Madras plague regulations and rules for the inspection of inward and outward bound vessels - Volume 1
Disease focus: Plague
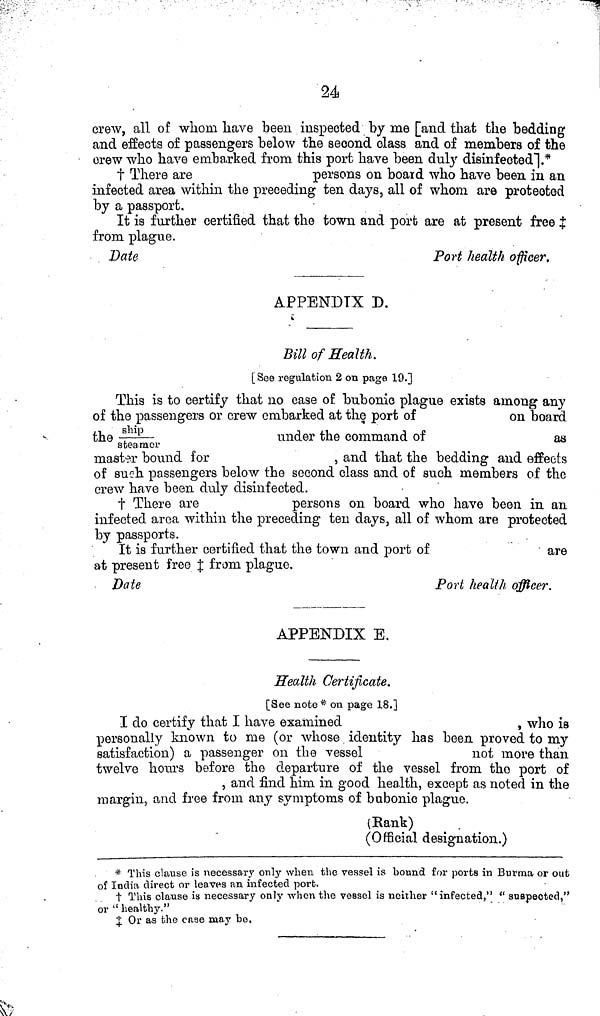
24
crew, all of whom have been inspected by me [and that the bedding
and effects of passengers below the second class and of members of the
crew who have embarked from this port have been duly disinfected"].*
‡ There are
persons on board who have been in an
infected area within the preceding ten days, all of whom are protected
by a passport.
It is further certified that the town and port are at present free
from plague.
Date
Port health officer.
APPENDIX D.
Bill of Health.
[ See regulation 2 on page 19.]
This is to certify that 110 case of bubonic plague exists among any
of the passengers or crew embarked at the port of
on board
the
ship/steamer
under the command of
as
master bound for
, and that the bedding and effects
of such passengers below the second class and of such members of the
crew have been duly disinfected.
t There are
persons on board who have been in an
infected area within the preceding ten days, all of whom are protected
by passports.
It is further certified that the town and port of
are
at present free ‡ from plague.
Date
Port health officer.
APPENDIX E.
Health Certificate.
[See note * on page 18.]
I do certify that I have examined
, who is
personally known to me (or whose identity has been proved to my
satisfaction) a passenger on the vessel
not more than
twelve hours before the departure of the vessel from the port of
, and find him in good health, except as noted in the
margin, and free from any symptoms of bubonic plague.
(Rank)
(Official designation.)
* This clause is necessary only when the vessel is bound for ports in Burma or out
of India direct or leaves an infected port.
† This clause is necessary only when the vessel is neither "infected," " suspected,"
or " healthy."
‡ Or as the case may bo.